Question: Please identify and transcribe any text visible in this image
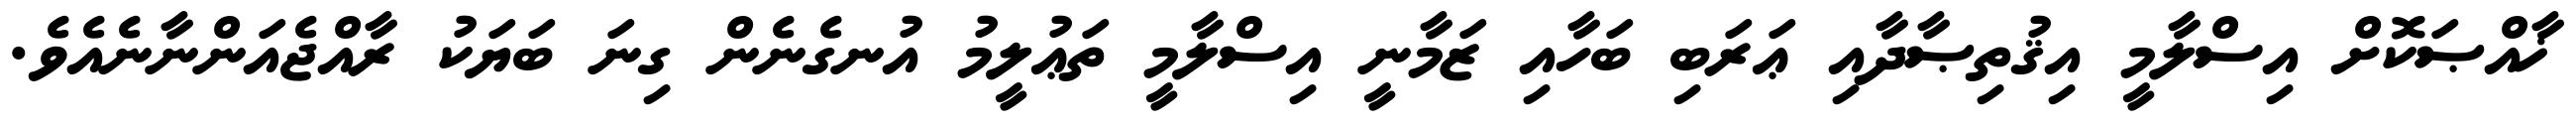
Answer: ޚާއްޞަކޮށް އިސްލާމީ އިޤުތިޞާދާއި ޢަރަބި ބަހާއި ޒަމާނީ އިސްލާމީ ތަޢުލީމު އުނގެނެން ގިނަ ބަޔަކު ރާއްޖެއަންނާނެއެވެ.